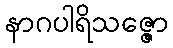
နာဂပါရိသဇ္ဇော